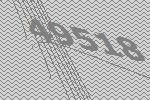
49518